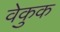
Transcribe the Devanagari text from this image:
वेकुक